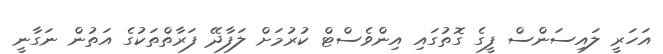
އަހަރީ ލައިސަންސް ފީގެ ގޮތުގައި އިންވެސްޓް ކުރުމަށް ލަފާދޭ ފަރާތްތަކުގެ އަތުން ނަގާނީ